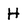
Character: H